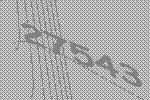
27543